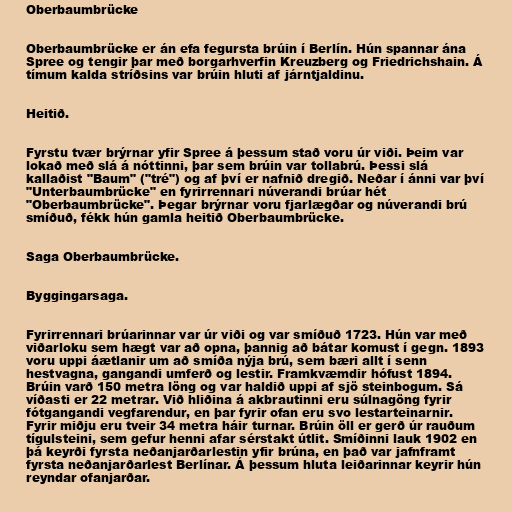
Oberbaumbrücke

Oberbaumbrücke er án efa fegursta brúin í Berlín. Hún spannar ána
Spree og tengir þar með borgarhverfin Kreuzberg og Friedrichshain. Á
tímum kalda stríðsins var brúin hluti af járntjaldinu.

Heitið.

Fyrstu tvær brýrnar yfir Spree á þessum stað voru úr viði. Þeim var
lokað með slá á nóttinni, þar sem brúin var tollabrú. Þessi slá
kallaðist "Baum" ("tré") og af því er nafnið dregið. Neðar í ánni var því
"Unterbaumbrücke" en fyrirrennari núverandi brúar hét
"Oberbaumbrücke". Þegar brýrnar voru fjarlægðar og núverandi brú
smíðuð, fékk hún gamla heitið Oberbaumbrücke.

Saga Oberbaumbrücke.

Byggingarsaga.

Fyrirrennari brúarinnar var úr viði og var smíðuð 1723. Hún var með
viðarloku sem hægt var að opna, þannig að bátar komust í gegn. 1893
voru uppi áætlanir um að smíða nýja brú, sem bæri allt í senn
hestvagna, gangandi umferð og lestir. Framkvæmdir hófust 1894.
Brúin varð 150 metra löng og var haldið uppi af sjö steinbogum. Sá
víðasti er 22 metrar. Við hliðina á akbrautinni eru súlnagöng fyrir
fótgangandi vegfarendur, en þar fyrir ofan eru svo lestarteinarnir.
Fyrir miðju eru tveir 34 metra háir turnar. Brúin öll er gerð úr rauðum
tígulsteini, sem gefur henni afar sérstakt útlit. Smíðinni lauk 1902 en
þá keyrði fyrsta neðanjarðarlestin yfir brúna, en það var jafnframt
fyrsta neðanjarðarlest Berlínar. Á þessum hluta leiðarinnar keyrir hún
reyndar ofanjarðar.